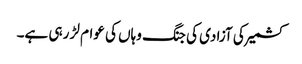
کشمیر کی آزادی کی جنگ وہاں کی عوام لڑ رہی ہے۔